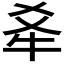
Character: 𪺝